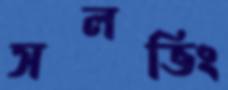
সলভিং